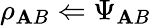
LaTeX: \rho_{\mathbf{A}B}\Leftarrow\Psi_{\mathbf{A}B}